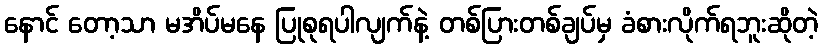
နောင် တော့သာ မအိပ်မနေ ပြုစုရပါလျက်နဲ့ တစ်ပြားတစ်ချပ်မှ ခံစားလိုက်ရဘူးဆိုတဲ့